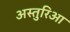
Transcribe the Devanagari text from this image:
अस्तुरिआ